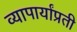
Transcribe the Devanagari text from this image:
व्यापार्यांप्रती